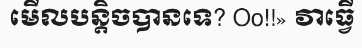
មើលបន្តិចបានទេ? Oo!!» វាធ្វើ